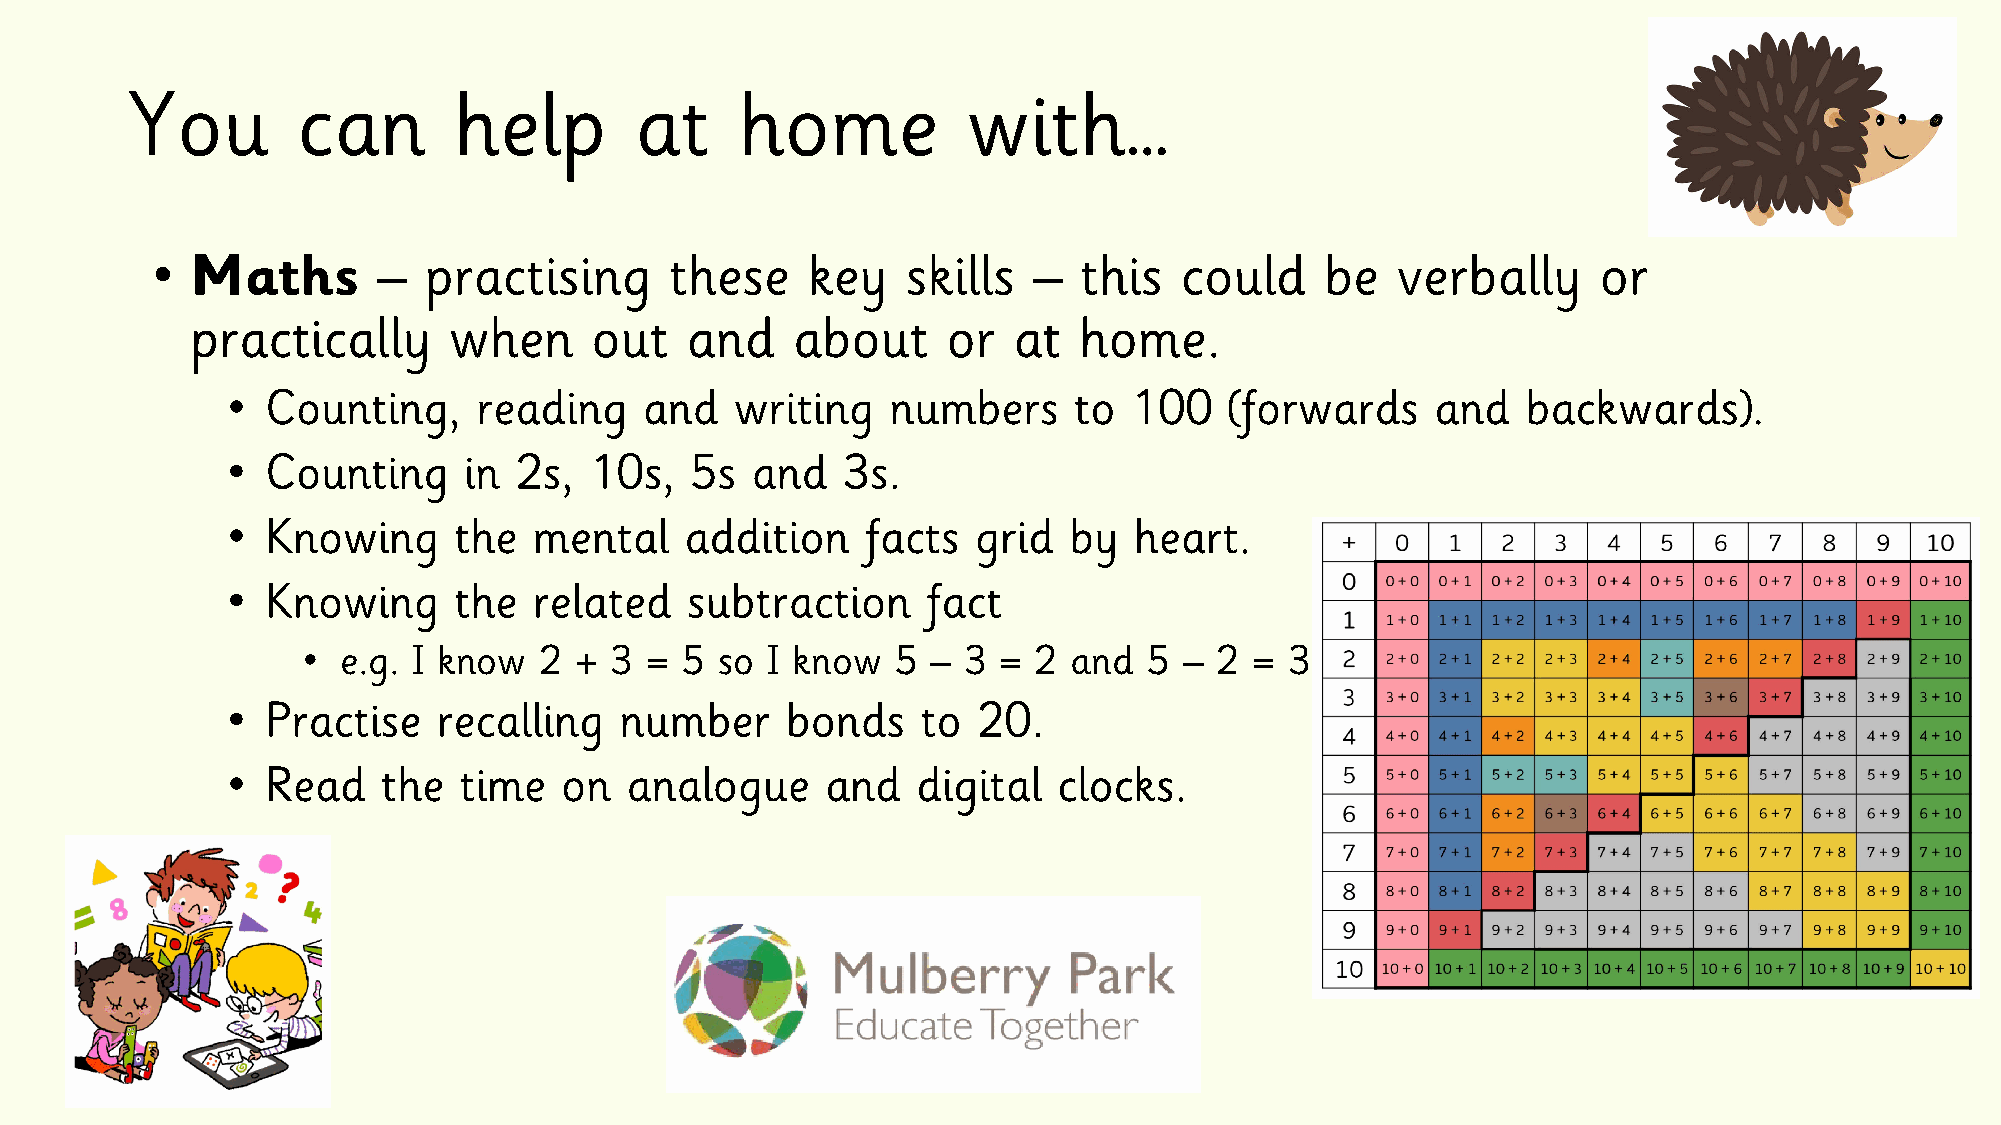
You         can       help        at     home           with…
 •  Maths       –  practising      these    key    skills  –  this   could     be  verbally      or
 practically      when     out   and    about      or  at  home.
 •  Counting,     reading    and   writing   numbers     to  100   (forwards     and   backwards).
 •  Counting     in 2s,  10s,   5s  and   3s.
 •  Knowing     the  mental    addition    facts   grid  by  heart.
 •  Knowing     the  related   subtraction     fact
 •  e.g. I know  2 + 3  = 5  so I know  5  – 3 =  2 and  5 – 2  = 3
 •  Practise   recalling   number     bonds    to  20.
 •  Read   the  time   on  analogue      and   digital  clocks.